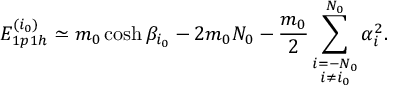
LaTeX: E _ { 1 p 1 h } ^ { ( i _ { 0 } ) } \simeq m _ { 0 } \cosh \beta _ { i _ { 0 } } - 2 m _ { 0 } N _ { 0 } - \frac { m _ { 0 } } { 2 } \sum _ { \stackrel { \scriptstyle i = - N _ { 0 } } { i \not = i _ { 0 } } } ^ { N _ { 0 } } \alpha _ { i } ^ { 2 } .